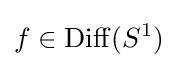
f\in \mathrm {Diff} (S^{1})